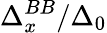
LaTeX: \Delta_{x}^{BB}/\Delta_{0}